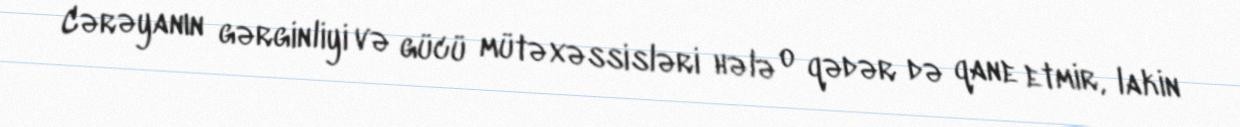
Cərəyanın gərginliyi və gücü mütəxəssisləri hələ o qədər də qane etmir, lakin